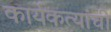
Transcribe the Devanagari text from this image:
कार्यकत्यांची